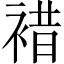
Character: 𧛊